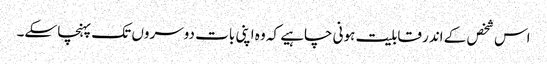
اس شخص کے اندر قابلیت ہونی چاہیے کہ وہ اپنی بات دوسروں تک پہنچا سکے۔